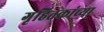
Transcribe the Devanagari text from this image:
गृहितकांच्या